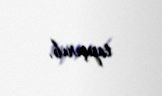
tapşırıb.